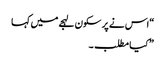
“اس نے پر سکون لہجے میں کہا
” کیا مطلب ۔